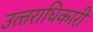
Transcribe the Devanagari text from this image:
उत्‍तराधिकारी